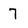
Character: 7